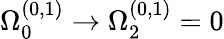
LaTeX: \Omega_{0}^{(0,1)}\rightarrow\Omega_{2}^{(0,1)}=0